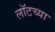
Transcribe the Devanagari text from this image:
लॉटच्या